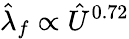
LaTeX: \hat{\lambda}_{f}\propto\hat{U}^{0.72}